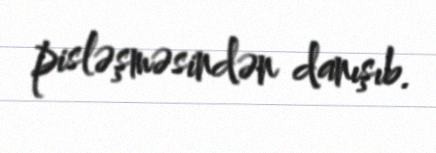
pisləşməsindən danışıb.